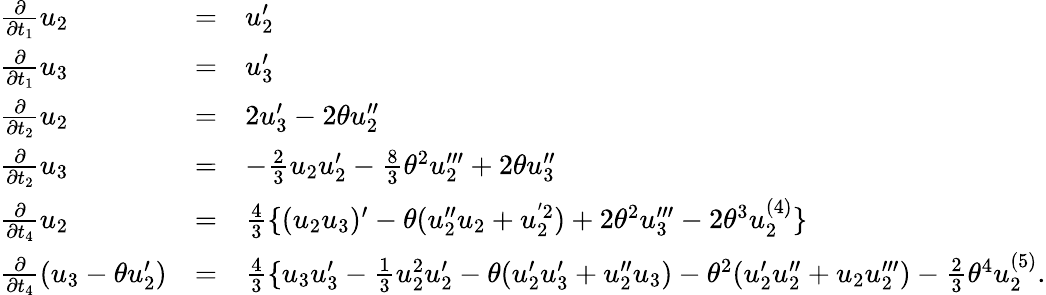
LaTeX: \begin{array}{lcl}{{\frac{\partial}{\partial t_{1}}{u_{2}}}}&{{=}}&{{{u_{2}^{\prime}}}}\\ {{\frac{\partial}{\partial t_{1}}{u_{3}}}}&{{=}}&{{{u_{3}^{\prime}}}}\\ {{\frac{\partial}{\partial t_{2}}{u_{2}}}}&{{=}}&{{2{u_{3}^{\prime}}-2\theta u_{2}^{\prime\prime}}}\\ {{\frac{\partial}{\partial t_{2}}{u_{3}}}}&{{=}}&{{-\frac{2}{3}u_{2}u_{2}^{\prime}-\frac{8}{3}\theta^{2}u_{2}^{\prime\prime\prime}+2\theta u_{3}^{\prime\prime}}}\\ {{\frac{\partial}{\partial t_{4}}{u_{2}}}}&{{=}}&{{\frac{4}{3}\{ (u_{2}u_{3})^{\prime}-\theta(u_{2}^{\prime\prime}u_{2}+u_{2}^{'2})+2{\theta}^{2}u_{3}^{\prime\prime\prime}-2{\theta}^{3}u_{2}^{(4)}\} }}\\ {{\frac{\partial}{\partial t_{4}}{(u_{3}-\theta u_{2}^{\prime})}}}&{{=}}&{{\frac{4}{3}\{ u_{3}u_{3}^{\prime}-\frac{1}{3}u_{2}^{2}u_{2}^{\prime}-\theta(u_{2}^{\prime}u_{3}^{\prime}+u_{2}^{\prime\prime}u_{3})-\theta^{2}(u_{2}^{\prime}u_{2}^{\prime\prime}+u_{2}u_{2}^{\prime\prime\prime})-\frac{2}{3}\theta^{4}u_{2}^{(5)}.}}\end{array}